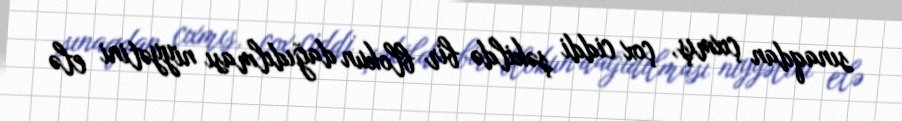
sınaqdan çıxmış, çox ciddi şəkildə bir blokun dağıdılması niyyətini elə